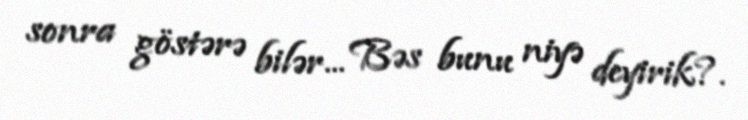
sonra göstərə bilər... Bəs bunu niyə deyirik?.